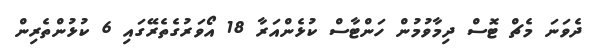
ދެވަނަ މެޗް ޓޮސް ދިމާވުމުން ހަންޓާސް ކުޅެންއަރާ 18 އޯވަރުގެތެރޭގައި 6 ކުޅުންތެރިން